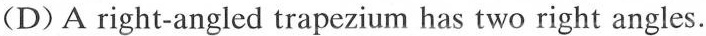
(D)A right-angled trapezium has two right angles.